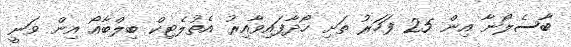
ބާސެލޯނާ އިން 25 ފަހަރު ތަށި ހޯދާފައިވާއިރު އެތުލެޓިކް ބިލްބާއޯ އިން ވަނީ